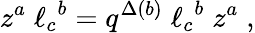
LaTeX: z^{a}\; {\ell_{c}}^{b}=q^{\Delta(b)}\; {\ell_{c}}^{b}\; z^{a}\; ,